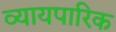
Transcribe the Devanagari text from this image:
व्यायपारिक